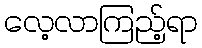
လေ့လာကြည့်ရာ